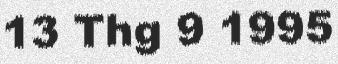
13 Thg 9 1995